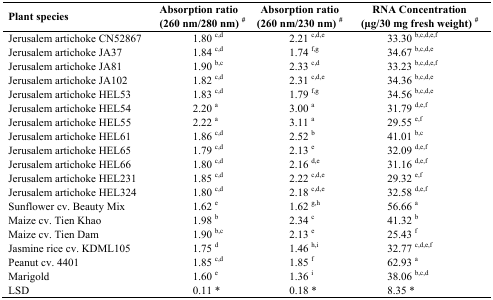
| <ROWSPAN=2> Plant species | Absorption ratio | Absorption ratio | RNA Concentration |
 | (260 nm/280 nm)# | (260 nm/230 nm) # | (μg/30 mg fresh weight) # |
 | --- | --- | --- | --- |
 | Jerusalem artichoke CN52867 | 1.80 c,d | 2.21 c,d,e | 33.30 b,c,d,e,f |
 | Jerusalem artichoke JA37 | 1.84 c,d | 1.74 f,g | 34.67 b,c,d,e |
 | Jerusalem artichoke JA81 | 1.90 b,c | 2.33 c,d | 33.23 b,c,d,e,f |
 | Jerusalem artichoke JA102 | 1.82 c,d | 2.31 c,d,e | 34.36 b,c,d,e |
 | Jerusalem artichoke HEL53 | 1.83 c,d | 1.79 f,g | 34.56 b,c,d,e |
 | Jerusalem artichoke HEL54 | 2.20 a | 3.00 a | 31.79 d,e,f |
 | Jerusalem artichoke HEL55 | 2.22 a | 3.11 a | 29.55 e,f |
 | Jerusalem artichoke HEL61 | 1.86 c,d | 2.52 b | 41.01 b,c |
 | Jerusalem artichoke HEL65 | 1.79 c,d | 2.13 e | 32.09 d,e,f |
 | Jerusalem artichoke HEL66 | 1.80 c,d | 2.16 d,e | 31.16 d,e,f |
 | Jerusalem artichoke HEL231 | 1.85 c,d | 2.22 c,d,e | 29.32 e,f |
 | Jerusalem artichoke HEL324 | 1.80 c,d | 2.18 c,d,e | 32.58 d,e,f |
 | Sunflower cv. Beauty Mix | 1.62 e | 1.62 g,h | 56.66 a |
 | Maize cv. Tien Khao | 1.98 b | 2.34 c | 41.32 b |
 | Maize cv. Tien Dam | 1.90 b,c | 2.13 e | 25.43 f |
 | Jasmine rice cv. KDML105 | 1.75 d | 1.46 h,i | 32.77 c,d,e,f |
 | Peanut cv. 4401 | 1.85 c,d | 1.85 f | 62.93 a |
 | Marigold | 1.60 e | 1.36 i | 38.06 b,c,d |
 | LSD | 0.11 * | 0.18 * | 8.35 * |